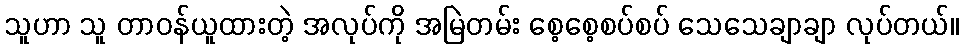
သူဟာ သူ တာဝန်ယူထားတဲ့ အလုပ်ကို အမြဲတမ်း စေ့စေ့စပ်စပ် သေသေချာချာ လုပ်တယ်။